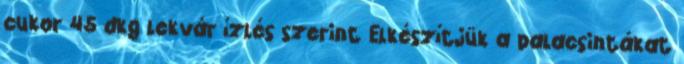
cukor 45 dkg lekvár ízlés szerint Elkészítjük a palacsintákat